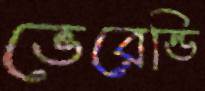
ভেরেন্ডি